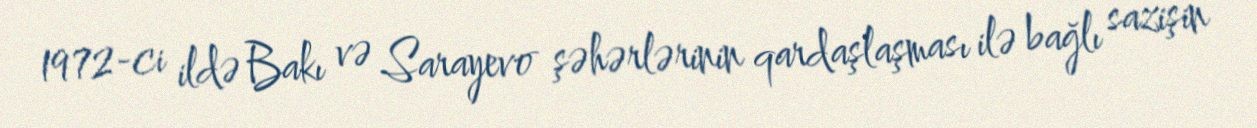
1972-ci ildə Bakı və Sarayevo şəhərlərinin qardaşlaşması ilə bağlı sazişin